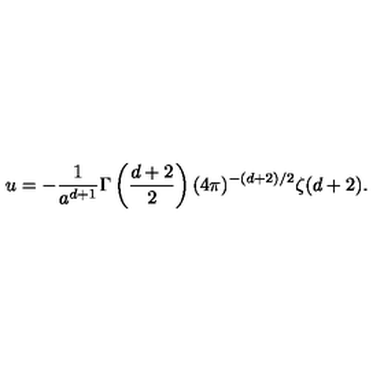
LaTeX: u = - { \frac { 1 } { a ^ { d + 1 } } } \Gamma \left( { \frac { d + 2 } { 2 } } \right) ( 4 \pi ) ^ { - ( d + 2 ) / 2 } \zeta ( d + 2 ) .